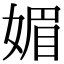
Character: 媚